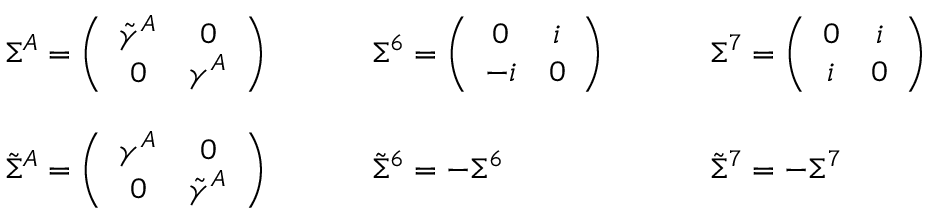
\begin{array} { c l l } { { \Sigma ^ { A } = \left( \begin{array} { c c } { { \tilde { \gamma } ^ { A } } } & { { 0 } } \\ { { 0 } } & { { \gamma ^ { A } } } \end{array} \right) ~ ~ ~ ~ } } & { { ~ ~ ~ \Sigma ^ { 6 } = \left( \begin{array} { c c } { { 0 } } & { { i } } \\ { { - i } } & { { 0 } } \end{array} \right) ~ ~ ~ ~ } } & { { ~ ~ ~ \Sigma ^ { 7 } = \left( \begin{array} { c c } { { 0 } } & { { i } } \\ { { i } } & { { 0 } } \end{array} \right) } } \\ { { { } } } & { { { } } } & { { { } } } \\ { { \tilde { \Sigma } ^ { A } = \left( \begin{array} { c c } { { \gamma ^ { A } } } & { { 0 } } \\ { { 0 } } & { { \tilde { \gamma } ^ { A } } } \end{array} \right) ~ ~ ~ ~ } } & { { ~ ~ ~ \tilde { \Sigma } ^ { 6 } = - \Sigma ^ { 6 } ~ ~ ~ ~ } } & { { ~ ~ ~ \tilde { \Sigma } ^ { 7 } = - \Sigma ^ { 7 } } } \end{array}